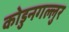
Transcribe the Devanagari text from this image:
कोडुनगल्लुर